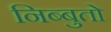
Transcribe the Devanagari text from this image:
निब्बुतो